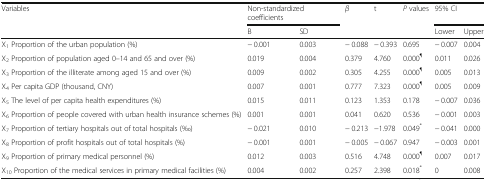
<table><thead><tr><td rowspan="2"><b>Variables</b></td><td colspan="2"><b>Non-standardized coefficients</b></td><td rowspan="2"><b><i>β</i></b></td><td rowspan="2"><b>t</b></td><td rowspan="2"><b><i>P</i> values</b></td><td colspan="2"><b>95% CI</b></td></tr><tr><td><b>B</b></td><td><b>SD</b></td><td><b>Lower</b></td><td><b>Upper</b></td></tr></thead><tbody><tr><td>X<sub>1</sub> Proportion of the urban population (%)</td><td>− 0.001</td><td>0.003</td><td>− 0.088</td><td>− 0.393</td><td>0.695</td><td>− 0.007</td><td>0.004</td></tr><tr><td>X<sub>2</sub> Proportion of population aged 0–14 and 65 and over (%)</td><td>0.019</td><td>0.004</td><td>0.379</td><td>4.760</td><td>0.000<sup>¶</sup></td><td>0.011</td><td>0.026</td></tr><tr><td>X<sub>3</sub> Proportion of the illiterate among aged 15 and over (%)</td><td>0.009</td><td>0.002</td><td>0.305</td><td>4.255</td><td>0.000<sup>¶</sup></td><td>0.005</td><td>0.013</td></tr><tr><td>X<sub>4</sub> Per capita GDP (thousand, CNY)</td><td>0.007</td><td>0.001</td><td>0.777</td><td>7.323</td><td>0.000<sup>¶</sup></td><td>0.005</td><td>0.009</td></tr><tr><td>X<sub>5</sub> The level of per capita health expenditures (%)</td><td>0.015</td><td>0.011</td><td>0.123</td><td>1.353</td><td>0.178</td><td>− 0.007</td><td>0.036</td></tr><tr><td>X<sub>6</sub> Proportion of people covered with urban health insurance schemes (%)</td><td>0.001</td><td>0.001</td><td>0.041</td><td>0.620</td><td>0.536</td><td>− 0.001</td><td>0.003</td></tr><tr><td>X<sub>7</sub> Proportion of tertiary hospitals out of total hospitals (‰)</td><td>− 0.021</td><td>0.010</td><td>− 0.213</td><td>−1.978</td><td>0.049<sup>*</sup></td><td>− 0.041</td><td>0.000</td></tr><tr><td>X<sub>8</sub> Proportion of profit hospitals out of total hospitals (%)</td><td>− 0.001</td><td>0.001</td><td>− 0.005</td><td>− 0.067</td><td>0.947</td><td>− 0.003</td><td>0.001</td></tr><tr><td>X<sub>9</sub> Proportion of primary medical personnel (%)</td><td>0.012</td><td>0.003</td><td>0.516</td><td>4.748</td><td>0.000<sup>¶</sup></td><td>0.007</td><td>0.017</td></tr><tr><td>X<sub>10</sub> Proportion of the medical services in primary medical facilities (%)</td><td>0.004</td><td>0.002</td><td>0.257</td><td>2.398</td><td>0.018<sup>*</sup></td><td>0</td><td>0.008</td></tr></tbody></table>